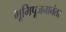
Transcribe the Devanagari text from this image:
भूमिपूजनानंतर